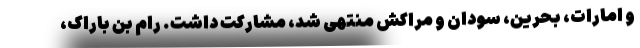
و امارات، بحرین، سودان و مراکش منتهی شد، مشارکت داشت. رام بن باراک،